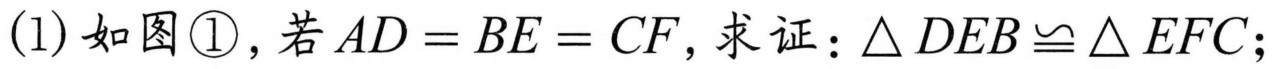
(1) 如图\textcircled{1}，若$AD = BE = CF$，求证：$\triangle DEB\cong\triangle EFC$；